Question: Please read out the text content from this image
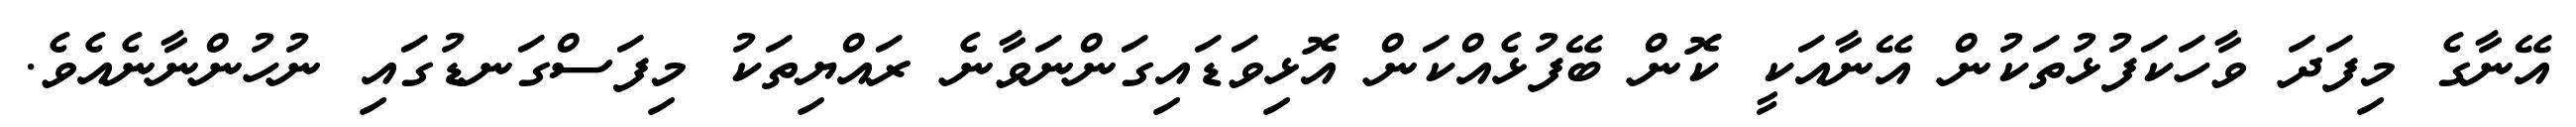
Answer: އޭނާގެ މިފަދަ ވާހަކަފުޅުތަކުން އޭނާއަކީ ކޮން ބޭފުޅެއްކަން އޮޅިވަޑައިގަންނަވާނެ ރައްޔިތަކު މިފަސްގަނޑުގައި ނުހުންނާނެއެވެ.